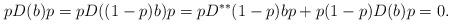
LaTeX: \begin{align*} pD(b)p = p D((1-p)b) p = p D^{**}(1-p) b p + p (1-p) D(b) p = 0.\end{align*}